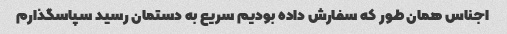
اجناس همان طور که سفارش داده بودیم سریع به دستمان رسید سپاسگذارم